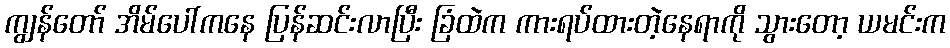
ကျွန်တော် အိမ်ပေါ်ကနေ ပြန်ဆင်းလာပြီး ခြံထဲက ကားရပ်ထားတဲ့နေရာကို သွားတော့ ယမင်းက